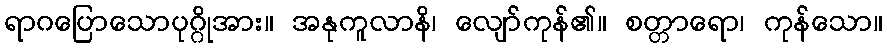
ရာဂပြောသောပုဂ္ဂိုအား။ အနုကူလာနိ၊ လျော်ကုန်၏။ စတ္တာရော၊ ကုန်သော။